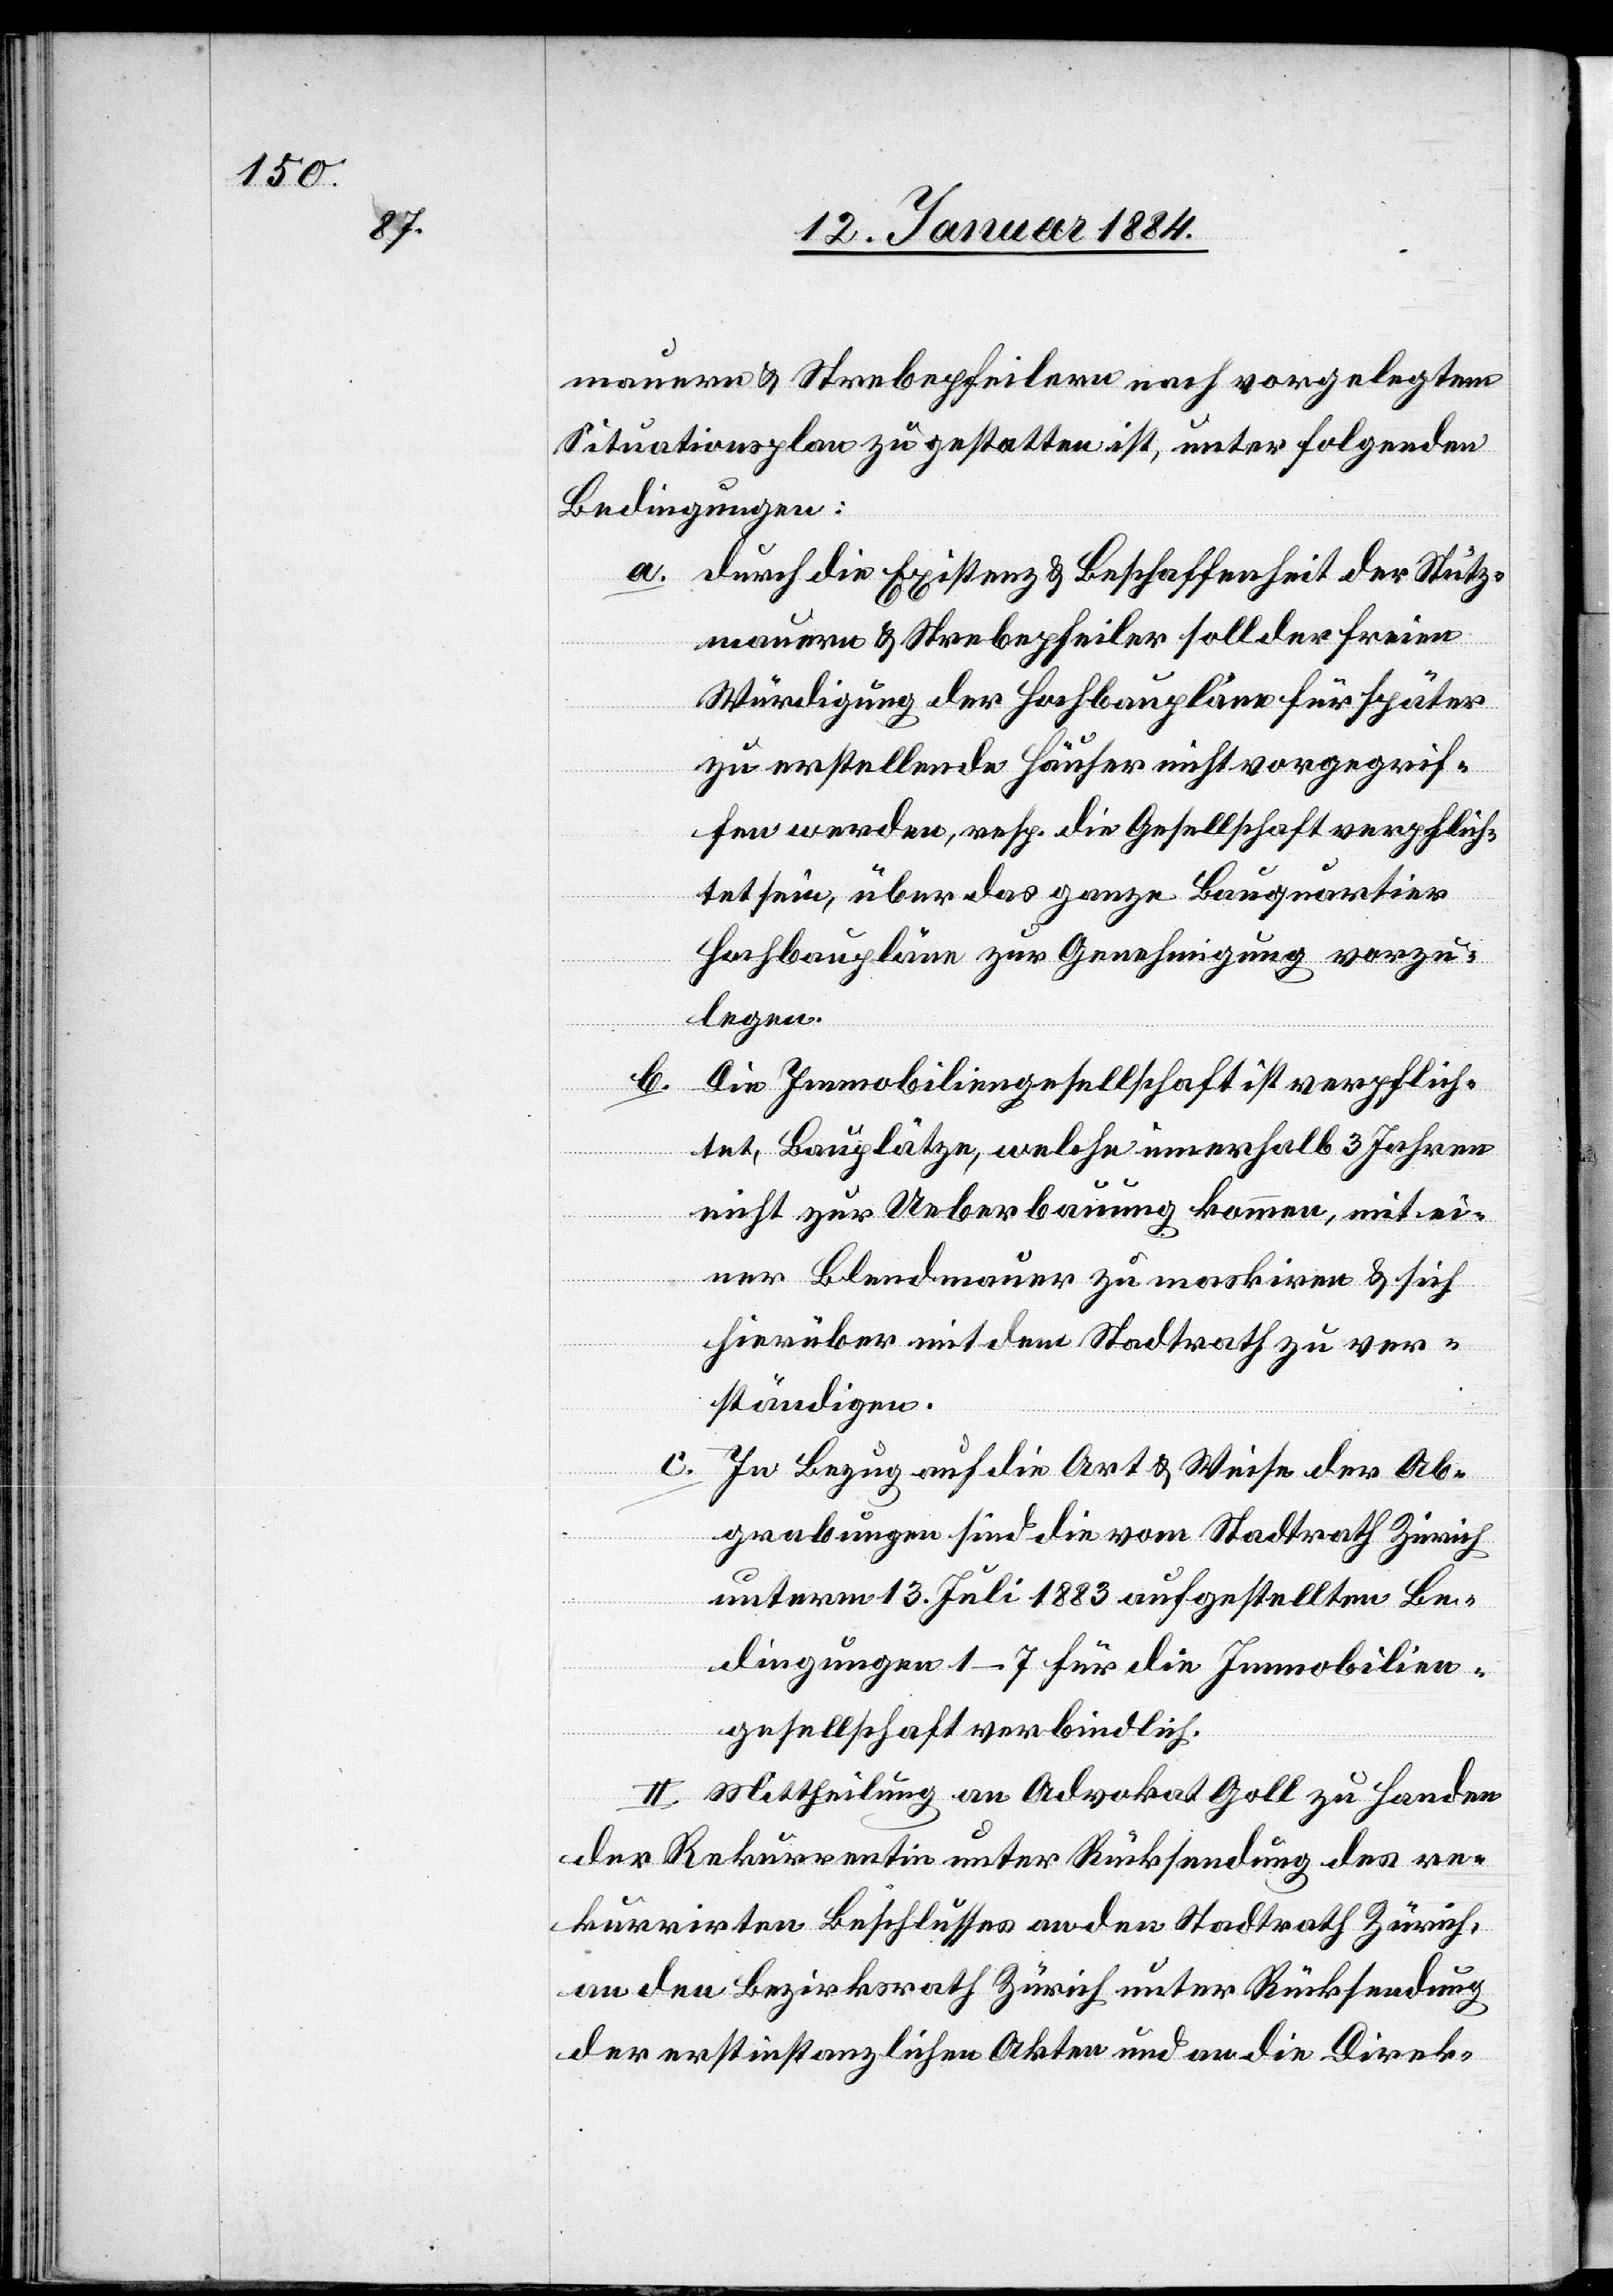
mauern & Strebepfeilern nach vorgelegtem
Situationsplan zu gestatten ist, unter folgenden
Bedingungen:
a. Durch die Existenz & Beschaffenheit der Stütz¬
mauern & Strebepfeiler soll der freien
Würdigung der Hochbaupläne für später
zu erstellende Häuser nicht vorgegrif¬
fen werden, resp. die Gesellschaft verpflich¬
tet sein, über das ganze Bauquartier
Hochbaupläne zur Genehmigung vorzu¬
legen.
b. Die Immobiliengesellschaft ist verpflich¬
tet, Bauplätze, welche innerhalb 3 Jahren
nicht zur Ueberbauung kommen, mit ei¬
ner Blendmauer zu maskiren & sich
hierüber mit dem Stadtrath zu ver¬
ständigen.
c. In Bezug auf die Art & Weise der Ab¬
grabungen sind die vom Stadtrath Zürich
unterm 13. Juli 1883 aufgestellten Be¬
dingungen 1–7 für die Immobilien¬
gesellschaft verbindlich.
II. Mittheilung an Advokat Goll zu Handen
der Rekurrentin unter Rücksendung des re¬
kurrirten Beschlusses, an den Stadtrath Zürich,
an den Bezirksrath Zürich unter Rücksendung
der erstinstanzlichen Akten und an die Direk-